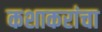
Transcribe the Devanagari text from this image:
कशाकरांचा